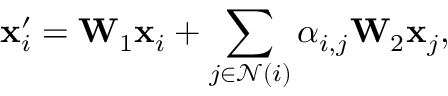
\mathbf { x } _ { i } ^ { \prime } = \mathbf { W } _ { 1 } \mathbf { x } _ { i } + \sum _ { j \in \mathcal { N } ( i ) } \alpha _ { i , j } \mathbf { W } _ { 2 } \mathbf { x } _ { j } ,